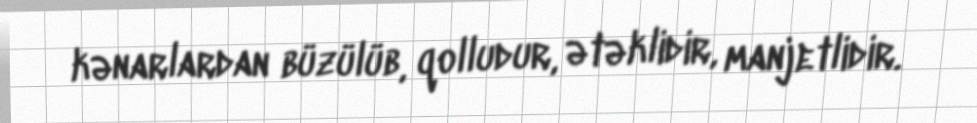
kənarlardan büzülüb, qolludur, ətəklidir, manjetlidir.